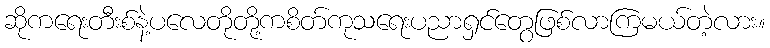
ဆိုကရေးတီးစ်နဲ့ပလေတိုတို့ကစိတ်ကုသရေးပညာရှင်တွေဖြစ်လာကြမယ်တဲ့လား။